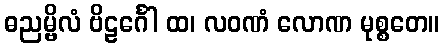
ဓညမ္ဗိလံ ဗိဠင်္ဂေါ ထ၊ လဝဏံ လောဏ မုစ္စတေ။